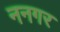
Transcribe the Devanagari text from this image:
ननगर